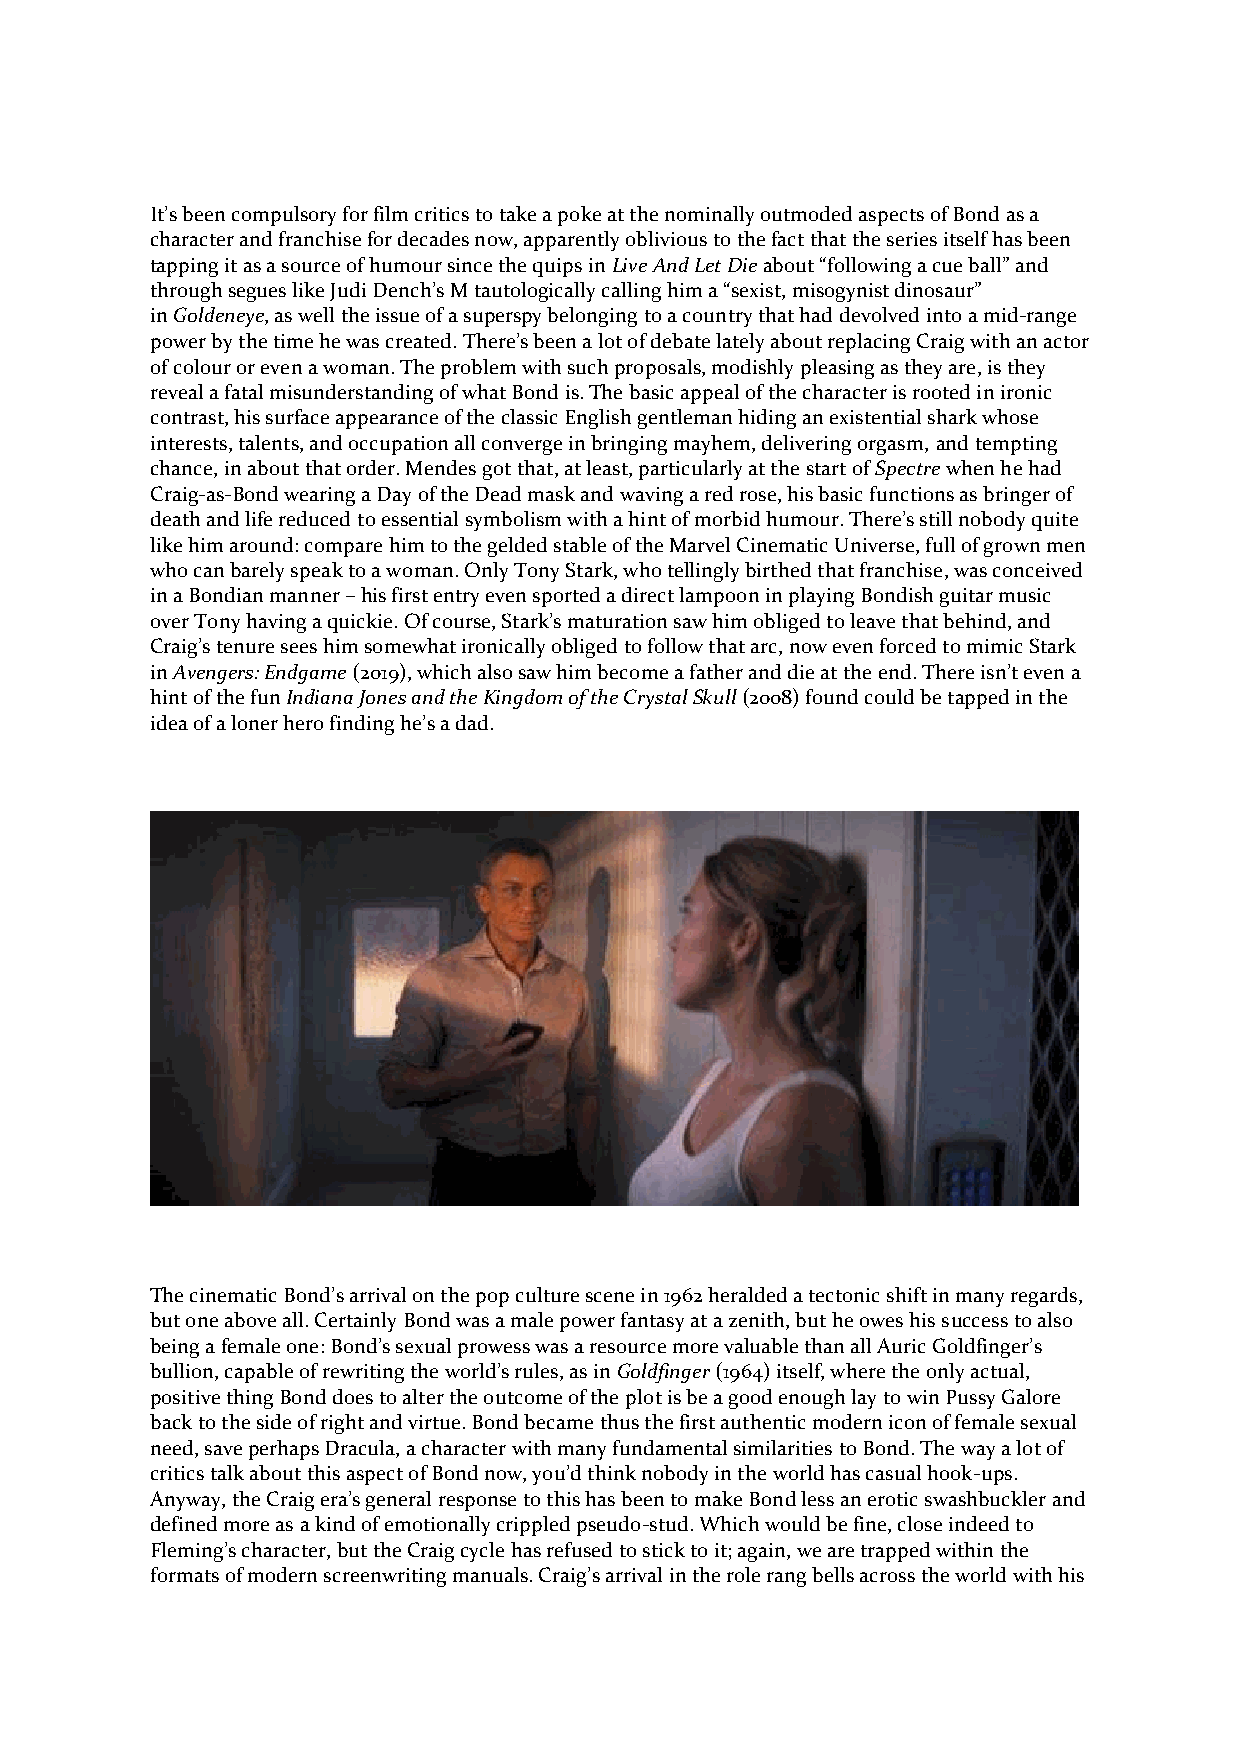
It’s been compulsory for film critics to take a poke at the nominally outmoded aspects of Bond as a
 character and franchise for decades now, apparently oblivious to the fact that the series itself has been
 tapping it as a source of humour since the quips in Live And Let Die about “following a cue ball” and
 through segues like Judi Dench’s M tautologically calling him a “sexist, misogynist dinosaur”
 in Goldeneye, as well the issue of a superspy belonging to a country that had devolved into a mid-range
 power by the time he was created. There’s been a lot of debate lately about replacing Craig with an actor
 of colour or even a woman. The problem with such proposals, modishly pleasing as they are, is they
 reveal a fatal misunderstanding of what Bond is. The basic appeal of the character is rooted in ironic
 contrast, his surface appearance of the classic English gentleman hiding an existential shark whose
 interests, talents, and occupation all converge in bringing mayhem, delivering orgasm, and tempting
 chance, in about that order. Mendes got that, at least, particularly at the start of Spectre when he had
 Craig-as-Bond wearing a Day of the Dead mask and waving a red rose, his basic functions as bringer of
 death and life reduced to essential symbolism with a hint of morbid humour. There’s still nobody quite
 like him around: compare him to the gelded stable of the Marvel Cinematic Universe, full of grown men
 who can barely speak to a woman. Only Tony Stark, who tellingly birthed that franchise, was conceived
 in a Bondian manner – his first entry even sported a direct lampoon in playing Bondish guitar music
 over Tony having a quickie. Of course, Stark’s maturation saw him obliged to leave that behind, and
 Craig’s tenure sees him somewhat ironically obliged to follow that arc, now even forced to mimic Stark
 in Avengers: Endgame (2019), which also saw him become a father and die at the end. There isn’t even a
 hint of the fun Indiana Jones and the Kingdom of the Crystal Skull (2008) found could be tapped in the
 idea of a loner hero finding he’s a dad.
 The cinematic Bond’s arrival on the pop culture scene in 1962 heralded a tectonic shift in many regards,
 but one above all. Certainly Bond was a male power fantasy at a zenith, but he owes his success to also
 being a female one: Bond’s sexual prowess was a resource more valuable than all Auric Goldfinger’s
 bullion, capable of rewriting the world’s rules, as in Goldfinger (1964) itself, where the only actual,
 positive thing Bond does to alter the outcome of the plot is be a good enough lay to win Pussy Galore
 back to the side of right and virtue. Bond became thus the first authentic modern icon of female sexual
 need, save perhaps Dracula, a character with many fundamental similarities to Bond. The way a lot of
 critics talk about this aspect of Bond now, you’d think nobody in the world has casual hook-ups.
 Anyway, the Craig era’s general response to this has been to make Bond less an erotic swashbuckler and
 defined more as a kind of emotionally crippled pseudo-stud. Which would be fine, close indeed to
 Fleming’s character, but the Craig cycle has refused to stick to it; again, we are trapped within the
 formats of modern screenwriting manuals. Craig’s arrival in the role rang bells across the world with his